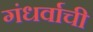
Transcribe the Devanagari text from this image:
गंधर्वाची